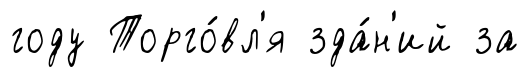
году Торго́вл'я зда́н'ий за